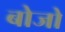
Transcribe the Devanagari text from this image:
बोजो